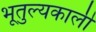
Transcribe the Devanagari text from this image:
भूतुल्यकाली